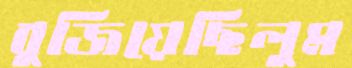
বুজিয়েছিলুম